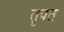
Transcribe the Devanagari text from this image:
तृपत